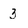
Character: 3